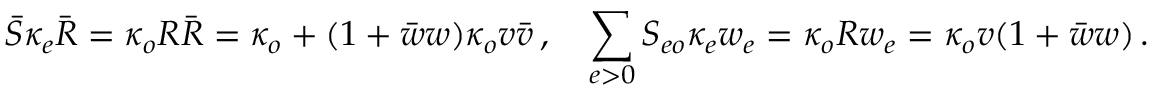
\bar { S } \kappa _ { e } \bar { R } = \kappa _ { o } R \bar { R } = \kappa _ { o } + ( 1 + \bar { w } w ) \kappa _ { o } v \bar { v } \, , \quad \sum _ { e > 0 } S _ { e o } \kappa _ { e } w _ { e } = \kappa _ { o } R w _ { e } = \kappa _ { o } v ( 1 + \bar { w } w ) \, .